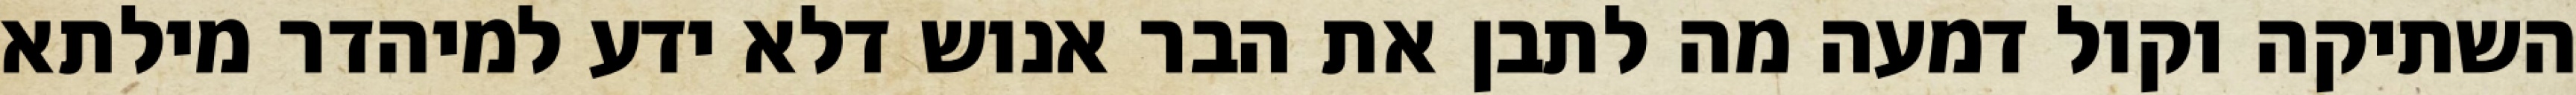
השתיקה וקול דמעה מה לתבן את הבר אנוש דלא ידע למיהדר מילתא